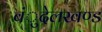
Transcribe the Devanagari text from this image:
बंुदेलखण्ड